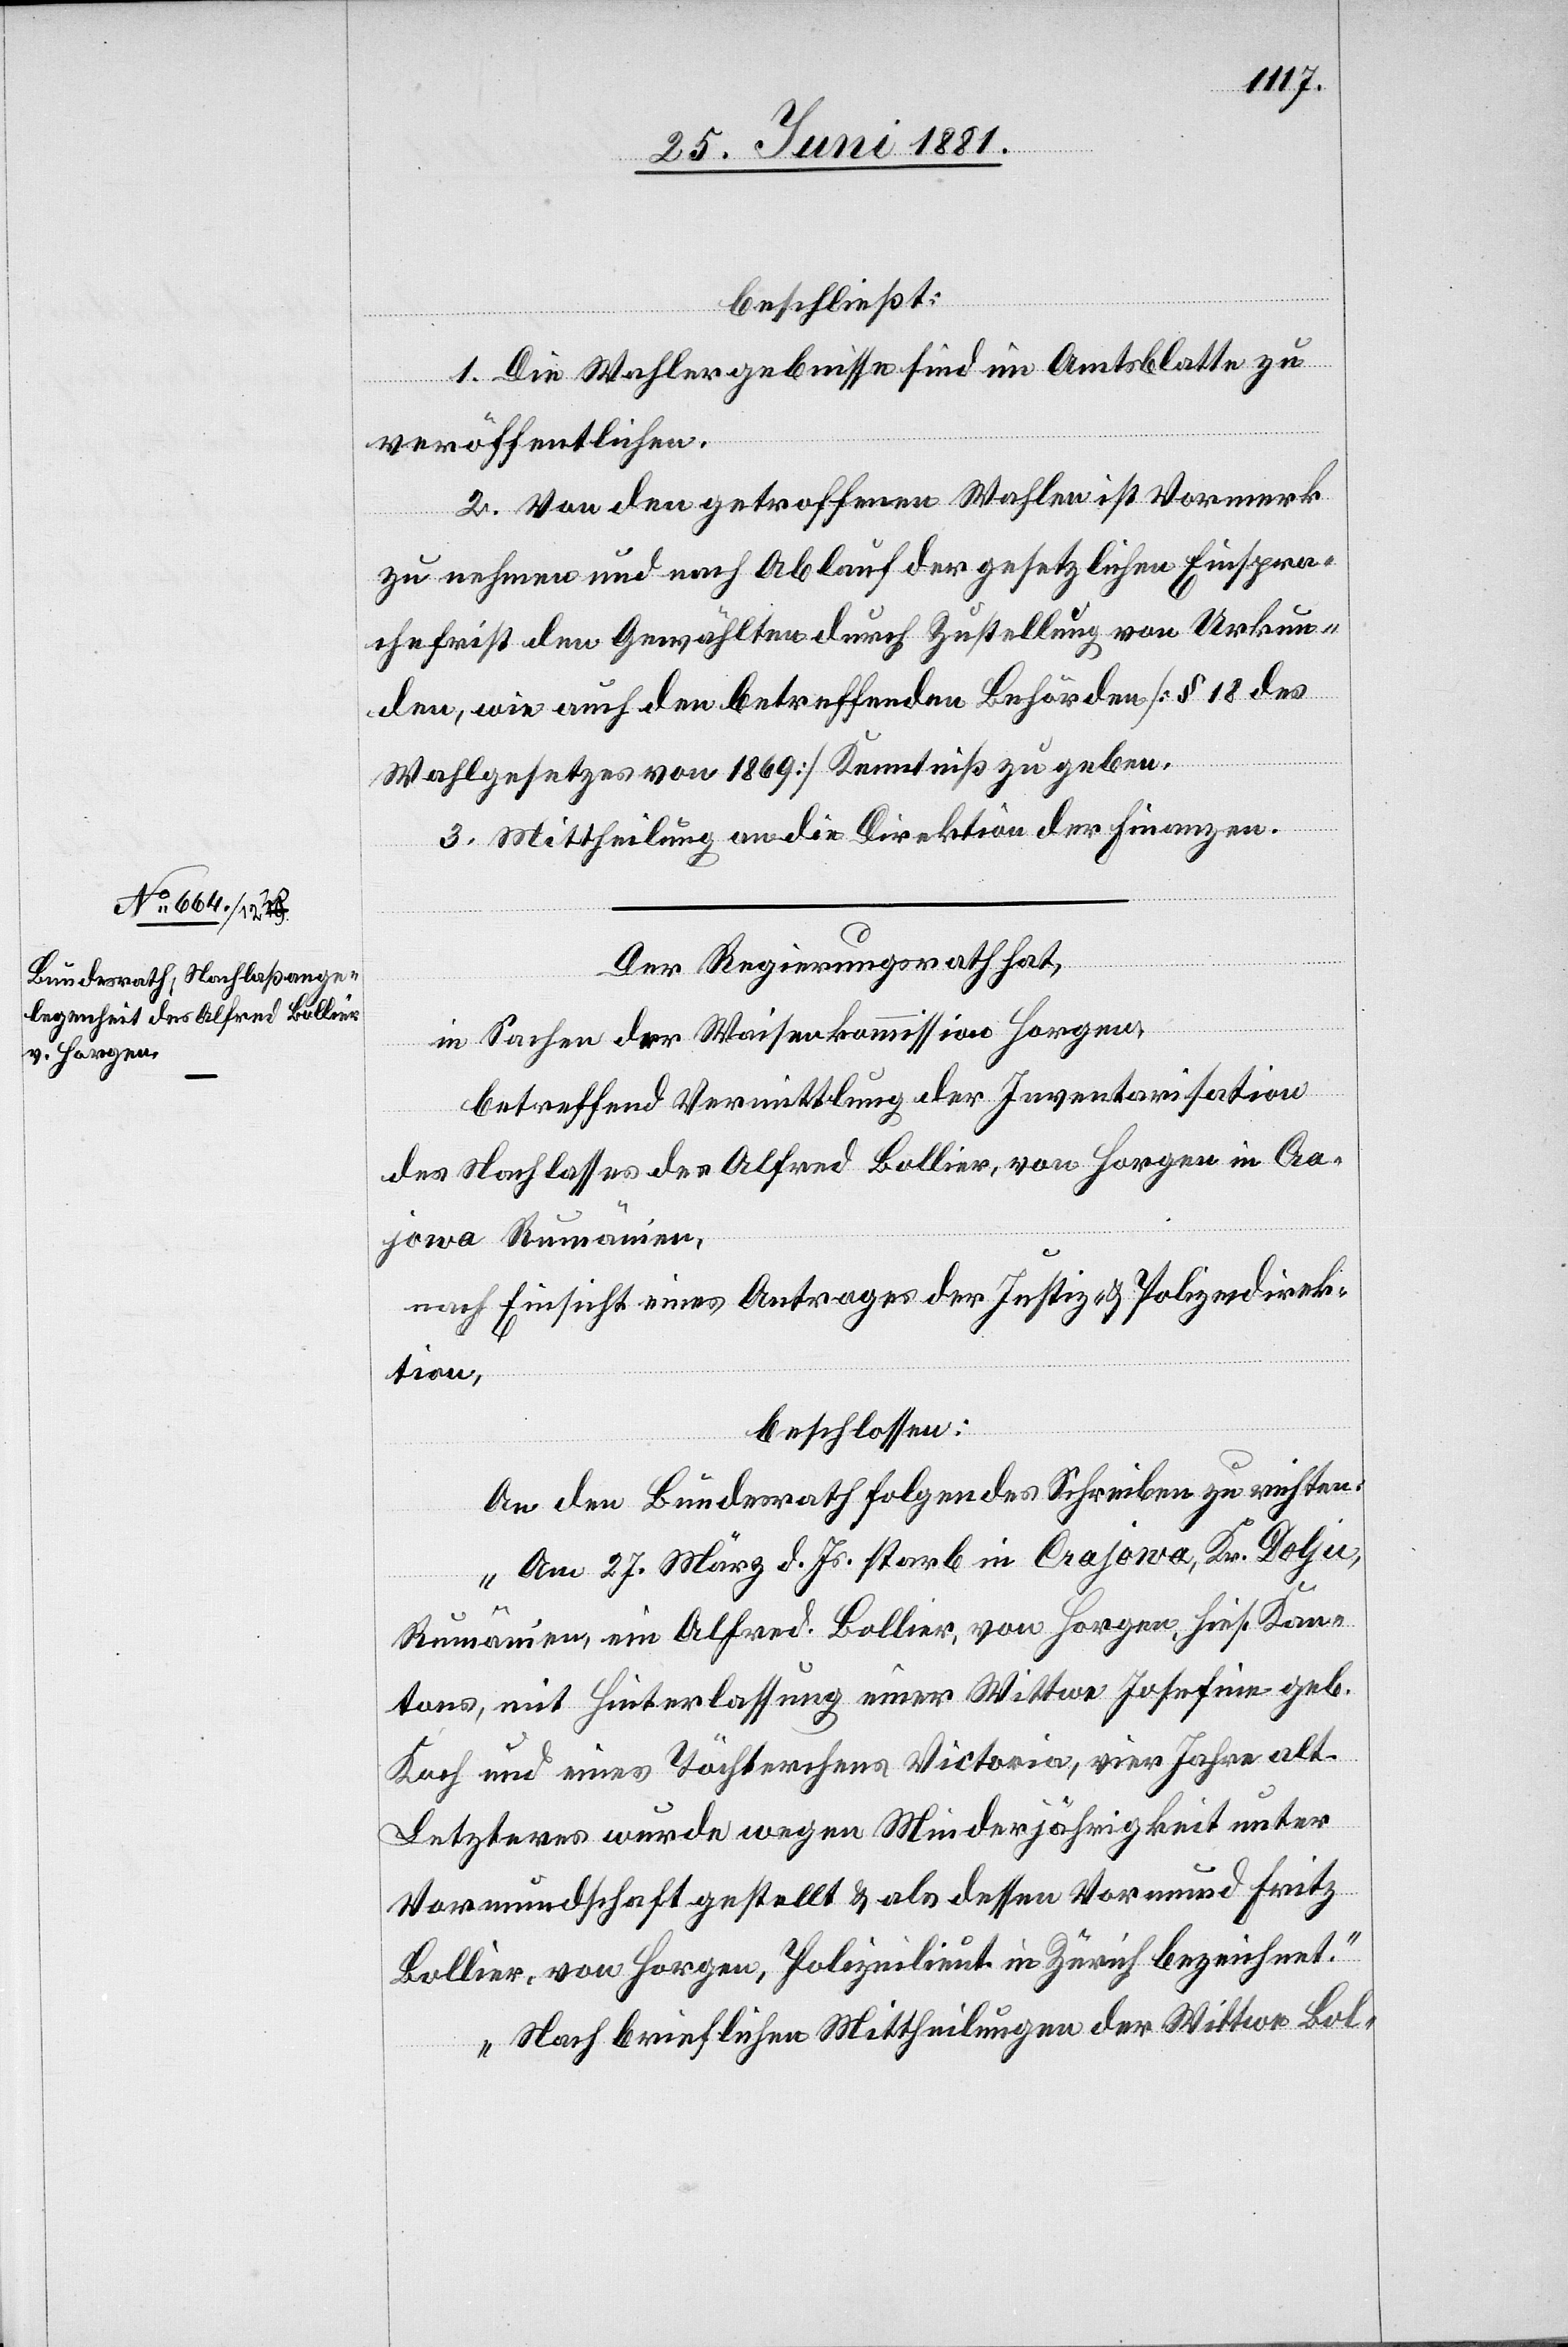
29. Juni 1881.]
beschließt:
1. Die Wahlergebnisse sind im Amtsblatt zu
veröffentlichen.
2. Von den getroffenen Wahlen ist Vormerk
zu nehmen und nach Ablauf der gesetzlichen Einspra¬
chefrist den Gewählten durch Zustellung von Urkun¬
den, wie auch den betreffenden Behörden [§ 18 des
Wahlgesetzes von 1869] Kenntniß zu geben.
3. Mittheilung an die Direktion der Finanzen.
Der Regierungsrath hat,
in Sachen der Waisenkommission Horgen,
betreffend Vermittlung der Inventarisation
des Nachlasses des Alfred Bollier, von Horgen in Cra¬
jowa Rumänien,
nach Einsicht eines Antrages der Justiz- & Polizeidirek¬
tion,
beschlossen:
An den Bundesrath folgendes Schreiben zu richten:
„Am 27. März d. Js. starb in Crajowa, Kr. Kolju,
Rumänien, ein Alfred Bollier, von Horgen, hies. Kan¬
tons, mit Hinterlassung einer Wittwe Josefine geb.
Koch und eines Töchterchens Victoria, vier Jahre alt.
Letzteres wurde wegen Minderjährigkeit unter
Vormundschaft gestellt & als dessen Vormund Fritz
Bollier, von Horgen, Polizeilieut. in Zürich bezeichnet.
Nach brieflicher Mittheilung der Wittwe Bol-